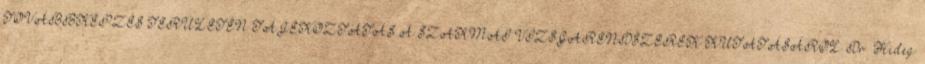
TOVÁBBKÉPZÉS TERÜLETÉN TÁJÉKOZTATÁS A SZAKMAI VIZSGARENDSZEREK KUTATÁSÁRÓL Dr. Hideg